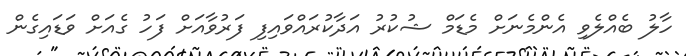
ހާލު ބެއްލެވި އެންމެނަށް މެޑަމް ޝުކުރު އަދާކުރައްވައިފި ފަރުވާއަށް ފަހު ގެއަށް ވަޑައިގެން